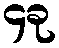
၄ခု